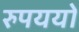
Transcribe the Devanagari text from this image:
रुपययों